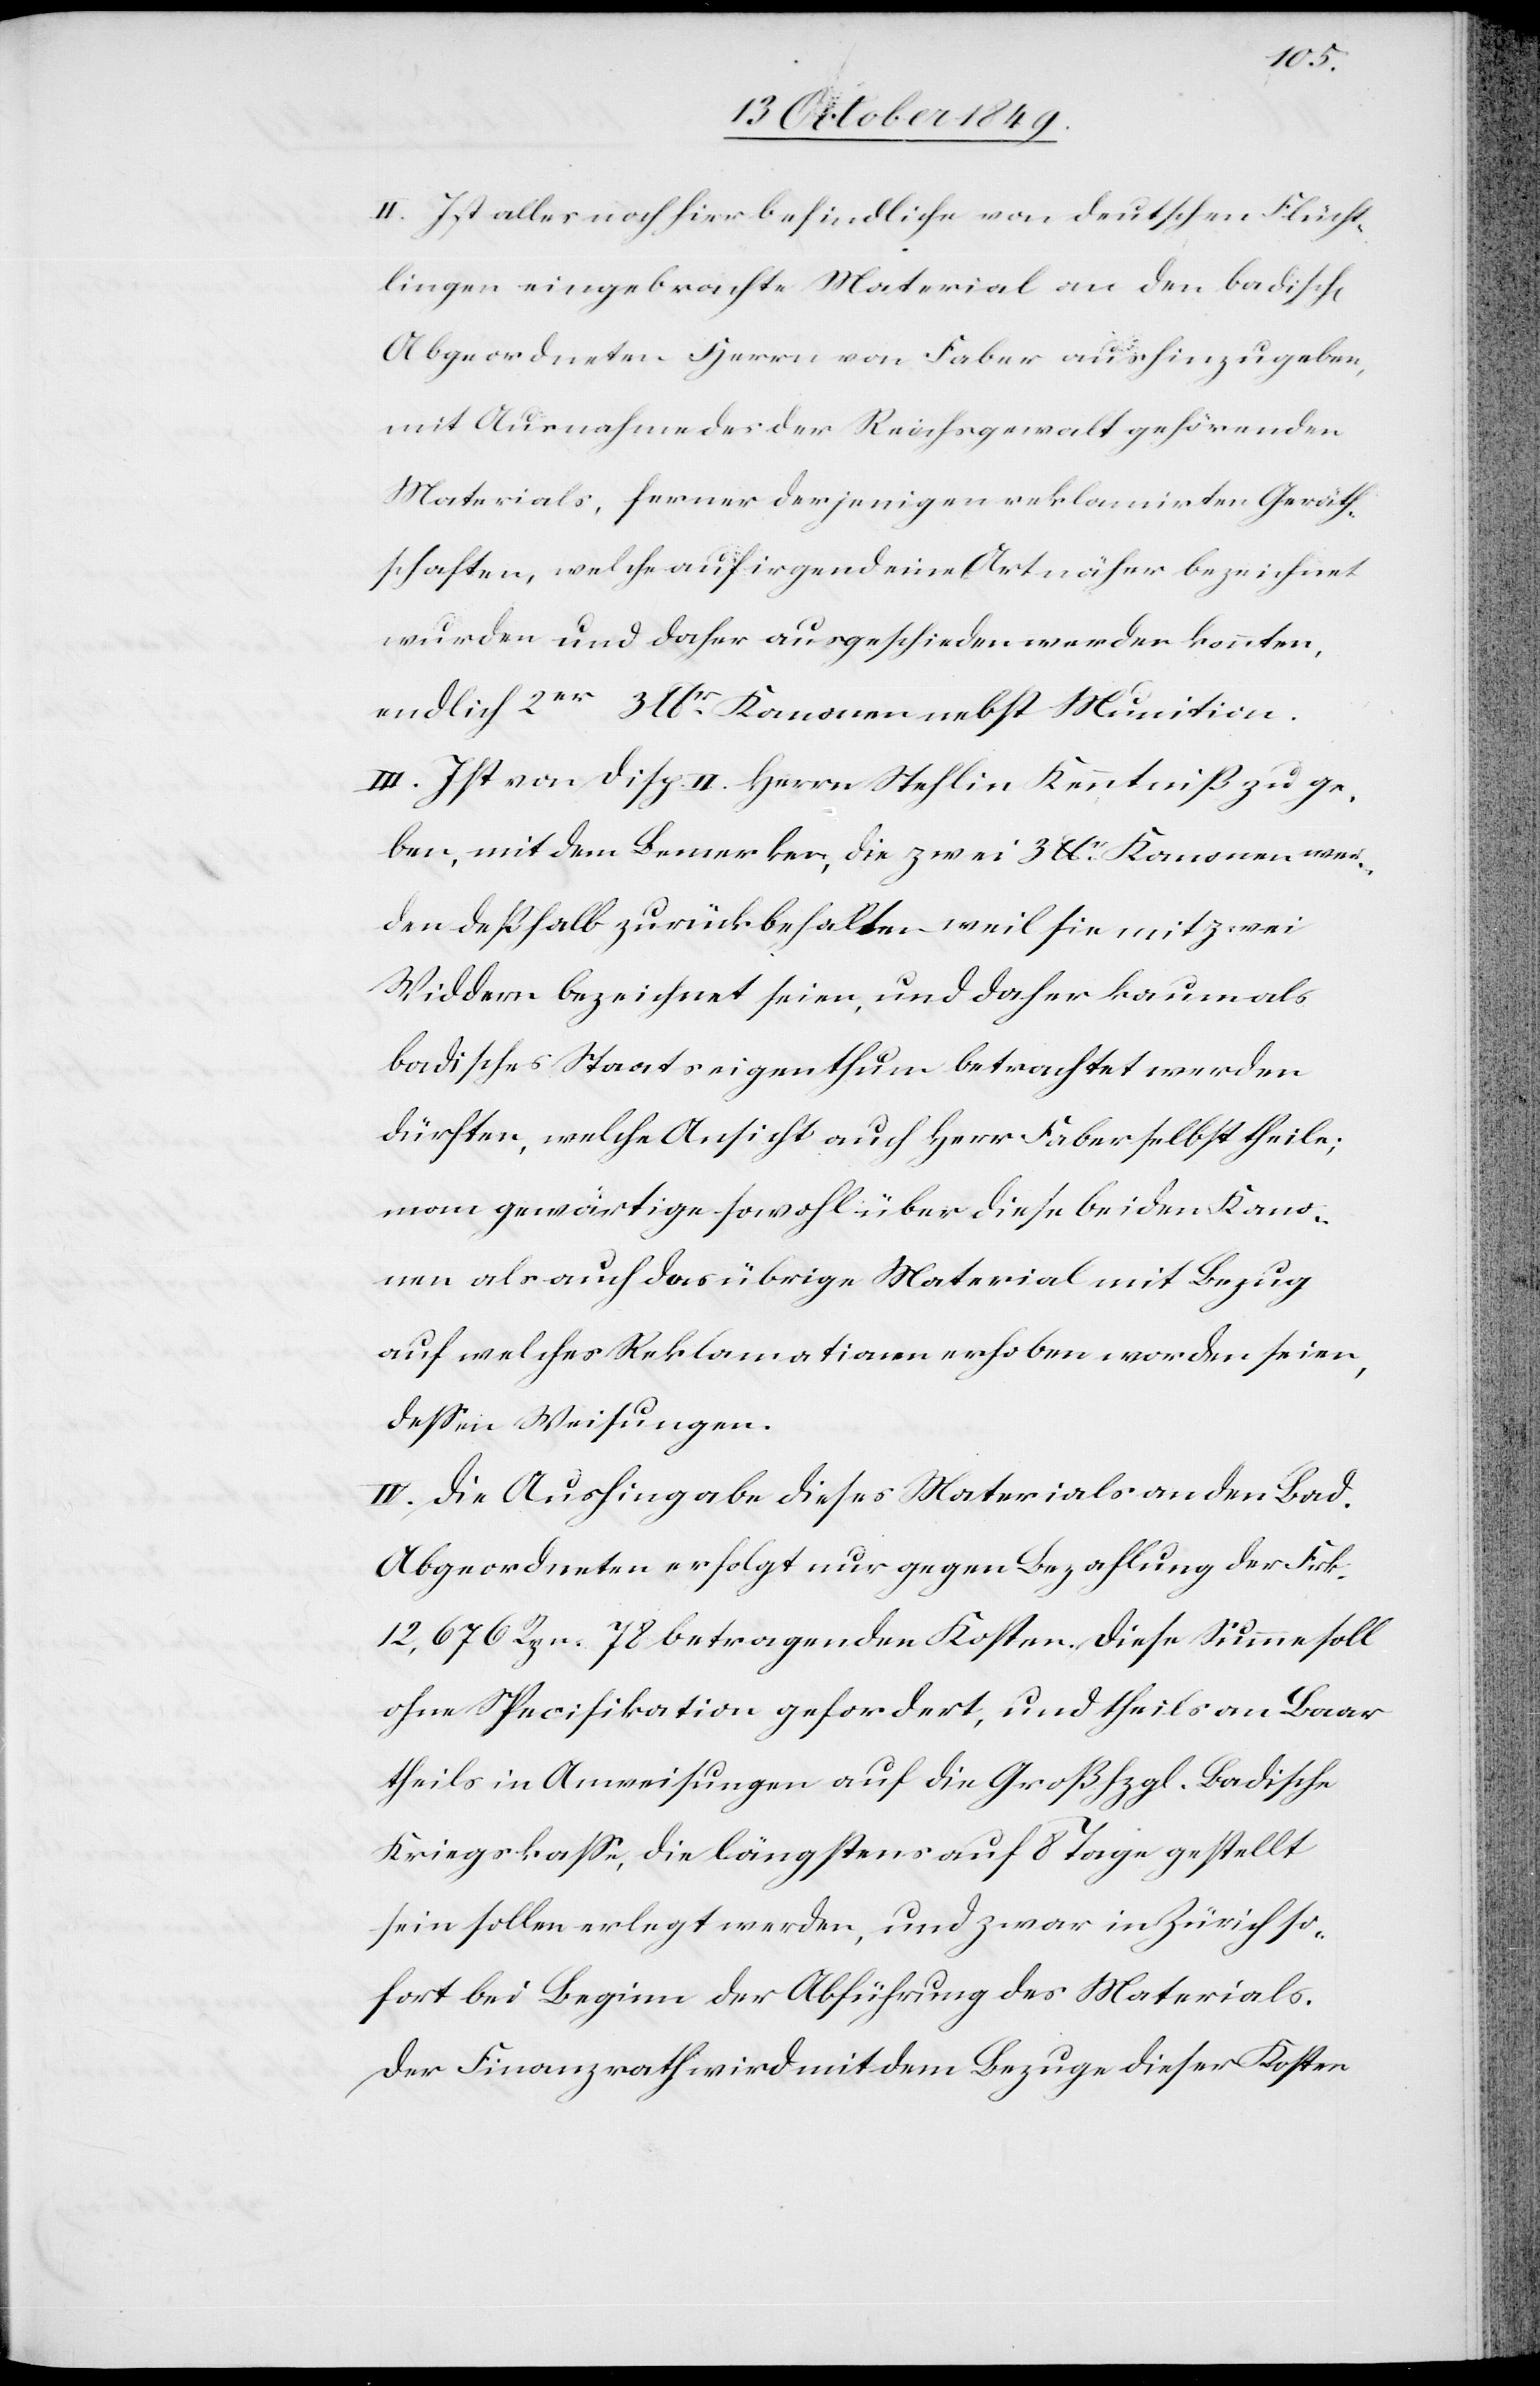
II. Ist alles noch hier befindliche von deutschen Flücht¬
lingen eingebrachte Material an den badisch[en]
Abgeordneten Herrn von Faber aushinzugeben,
mit Ausnahme des der Reichsgewalt gehörenden
Materials, ferner derjenigen reklamirten Geräth¬
schaften, welche auf irgend eine Art näher bezeichnet
wurden und daher ausgeschieden werden könnten,
endlich 2er 3 lbr Kanonen nebst Munition.
III. Ist von Disp. II Herrn Stehlin Kenntniß zu ge¬
ben, mit dem Bemerken, die zwei 3 lbr Kanonen wer¬
den deßhalb zurückbehalten weil sie mit zwei
Widdern bezeichnet seien, und daher kaum als
badisches Staatseigenthum betrachtet werden
dürften, welche Ansicht auch Herr Faber selbst theile;
man gewärtige sowohl über diese beiden Kano¬
nen als auch das übrige Material mit Bezug
auf welches Reklamationen erhoben worden seien,
deßen Weisungen.
IV. Die Aushingabe dieses Materials an den Bad.
Abgeordneten erfolgt nur gegen Bezahlung der Frk.
12,676 Rpn. 78 betragenden Kosten. Diese Summe soll
ohne Specification gefordert, und theils an Baar
theils in Anweisungen auf die Großhzgl. Badische
Kriegskaße, die längstens auf 8 Tage gestellt
sein sollen erlegt werden, und zwar in Zürich so¬
fort bei Beginn der Abführung des Materials.
Der Finanzrath wird mit dem Bezuge dieser Kosten